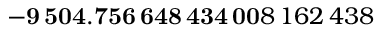
\mathbf { - 9 \, 5 0 4 . 7 5 6 \, 6 4 8 \, 4 3 4 \, 0 0 } 8 \, 1 6 2 \, 4 3 8